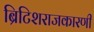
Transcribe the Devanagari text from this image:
ब्रिटिशराजकारणी